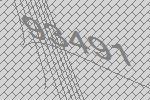
93491